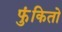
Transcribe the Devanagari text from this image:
फुंकितो